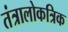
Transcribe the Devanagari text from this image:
तंत्रालोकत्रिक